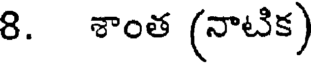
8. శాంత (నాటిక)